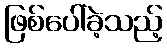
ဖြစ်ပေါ်ခဲ့သည့်